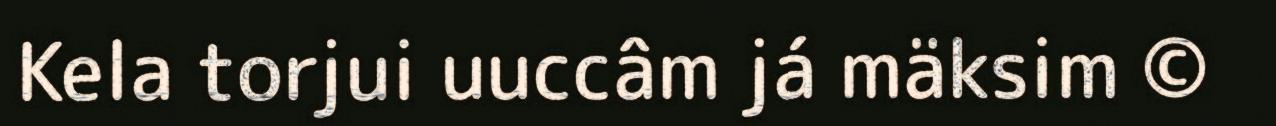
Kela torjui uuccâm já mäksim ©